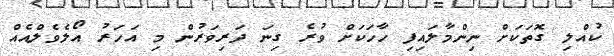
ކުއްލި ގޮތަކަށް ނިންމާލައިފި ހާހަކަށް ވުރެ ގިނަ ދަރިވަރުން މި އަހަރު އޯލެވެލްއެއް